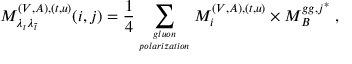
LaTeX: M _ { \lambda _ { t } \lambda _ { \bar { t } } } ^ { ( V , A ) , ( t , u ) } ( i , j ) = \frac { 1 } { 4 } \sum _ { g l u o n \atop p o l a r i z a t i o n } M _ { i } ^ { ( V , A ) , ( t , u ) } \times M _ { B } ^ { g g , j ^ { * } } \; ,